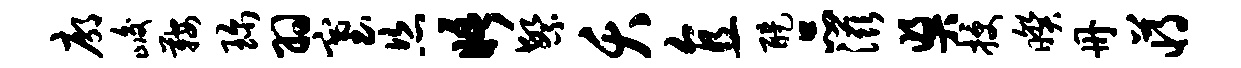
廓峻鞍珍羽塞恣晤繁夭直醍品滋奖授暌册蒋